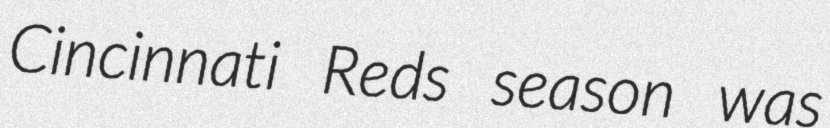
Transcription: Cincinnati Reds season was